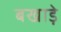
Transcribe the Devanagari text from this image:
बखाड़े